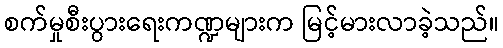
စက်မှုစီးပွားရေးကဏ္ဍများက မြင့်မားလာခဲ့သည်။